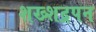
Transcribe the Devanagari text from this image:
शख्शद्रपन